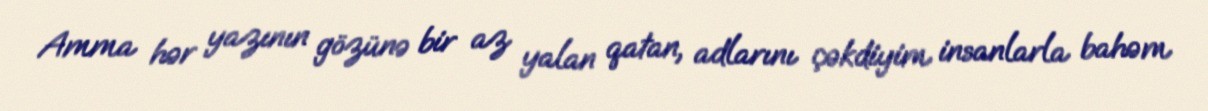
Amma hər yazının gözünə bir az yalan qatan, adlarını çəkdiyim insanlarla bahəm